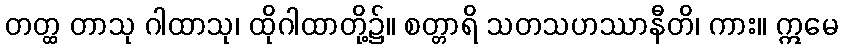
တတ္ထ တာသု ဂါထာသု၊ ထိုဂါထာတို့၌။ စတ္တာရိ သတသဟဿာနီတိ၊ ကား။ ဣမေ